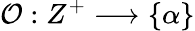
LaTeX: {\cal O}:Z^{+}\longrightarrow\{ \alpha\}